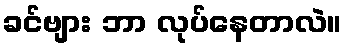
ခင်ဗျား ဘာ လုပ်နေတာလဲ။